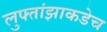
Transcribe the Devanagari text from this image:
लुफ्तांझाकडेच